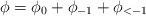
LaTeX: \begin{align*}\phi=\phi_0+\phi_{-1}+\phi_{<-1}\end{align*}